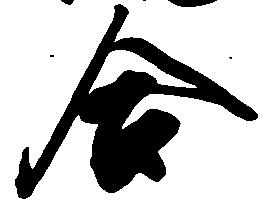
合